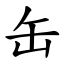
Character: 缶